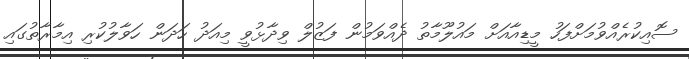
ސޮއިކުރެއްވުމަށްފަހު މީޑިއާއަށް މައުލޫމާތު ދެއްވަމުން ފަޒުލް ވިދާޅުވީ މިއަދު ހަދަން ހަވާލުކުރި އިމާރާތުގައި